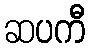
ဆပကီ